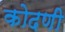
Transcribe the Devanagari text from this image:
कोदणी